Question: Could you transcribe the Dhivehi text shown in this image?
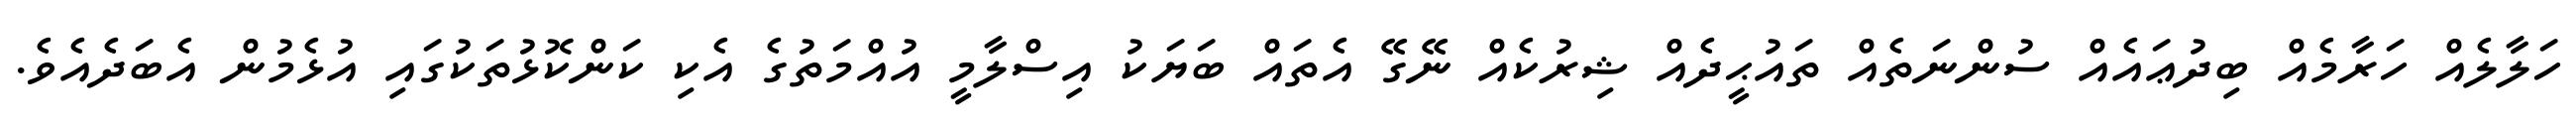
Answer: ހަލާލެއް ހަރާމެއް ބިދުޢައެއް ސުންނަތެއް ތައުޙީދެއް ޝިރުކެއް ނޭގޭ އެތައް ބަޔަކު އިސްލާމީ އުއްމަތުގެ އެކި ކަންކޮޅުތަކުގައި އުޅެމުން އެބަދެއެވެ.